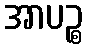
အာပဉ္စ